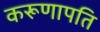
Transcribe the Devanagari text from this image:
करूणापति